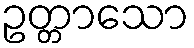
ဥတ္တာသော